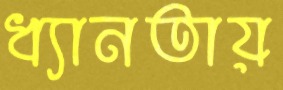
ধ্যানতায়